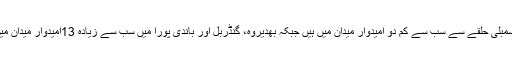
لیہہ اسمبلی حلقے سے سب سے کم دو امیدوار میدان میں ہیں جبکہ بھدیروہ، گنڈربل اور باندی پورا میں سب سے زیادہ 13امیدوار میدان میں ہیں۔